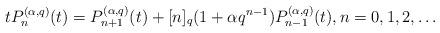
LaTeX: \begin{align*}t P_n^{(\alpha, q)}(t) = P_{n+1}^{(\alpha, q)}(t) +[n]_q(1 + \alpha q^{n-1})P_{n-1}^{(\alpha, q)}(t), n=0,1,2,\dots\end{align*}